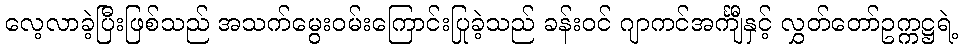
လေ့လာခဲ့ပြီးဖြစ်သည် အသက်မွေးဝမ်းကြောင်းပြုခဲ့သည် ခန်းဝင် ဂျာကင်အင်္ကျီနှင့် လွှတ်တော်ဥက္ကဋ္ဌရဲ့